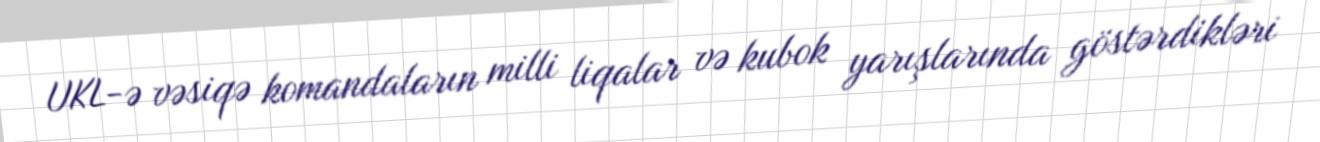
UKL-ə vəsiqə komandaların milli liqalar və kubok yarışlarında göstərdikləri